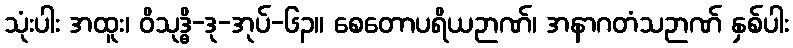
သုံးပါး အထူး၊ ဝိသုဒ္ဓိ-ဒု-အုပ်-၆၃။ စေတောပရိယဉာဏ်၊ အနာဂတံသဉာဏ် နှစ်ပါး